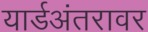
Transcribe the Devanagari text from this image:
यार्डअंतरावर